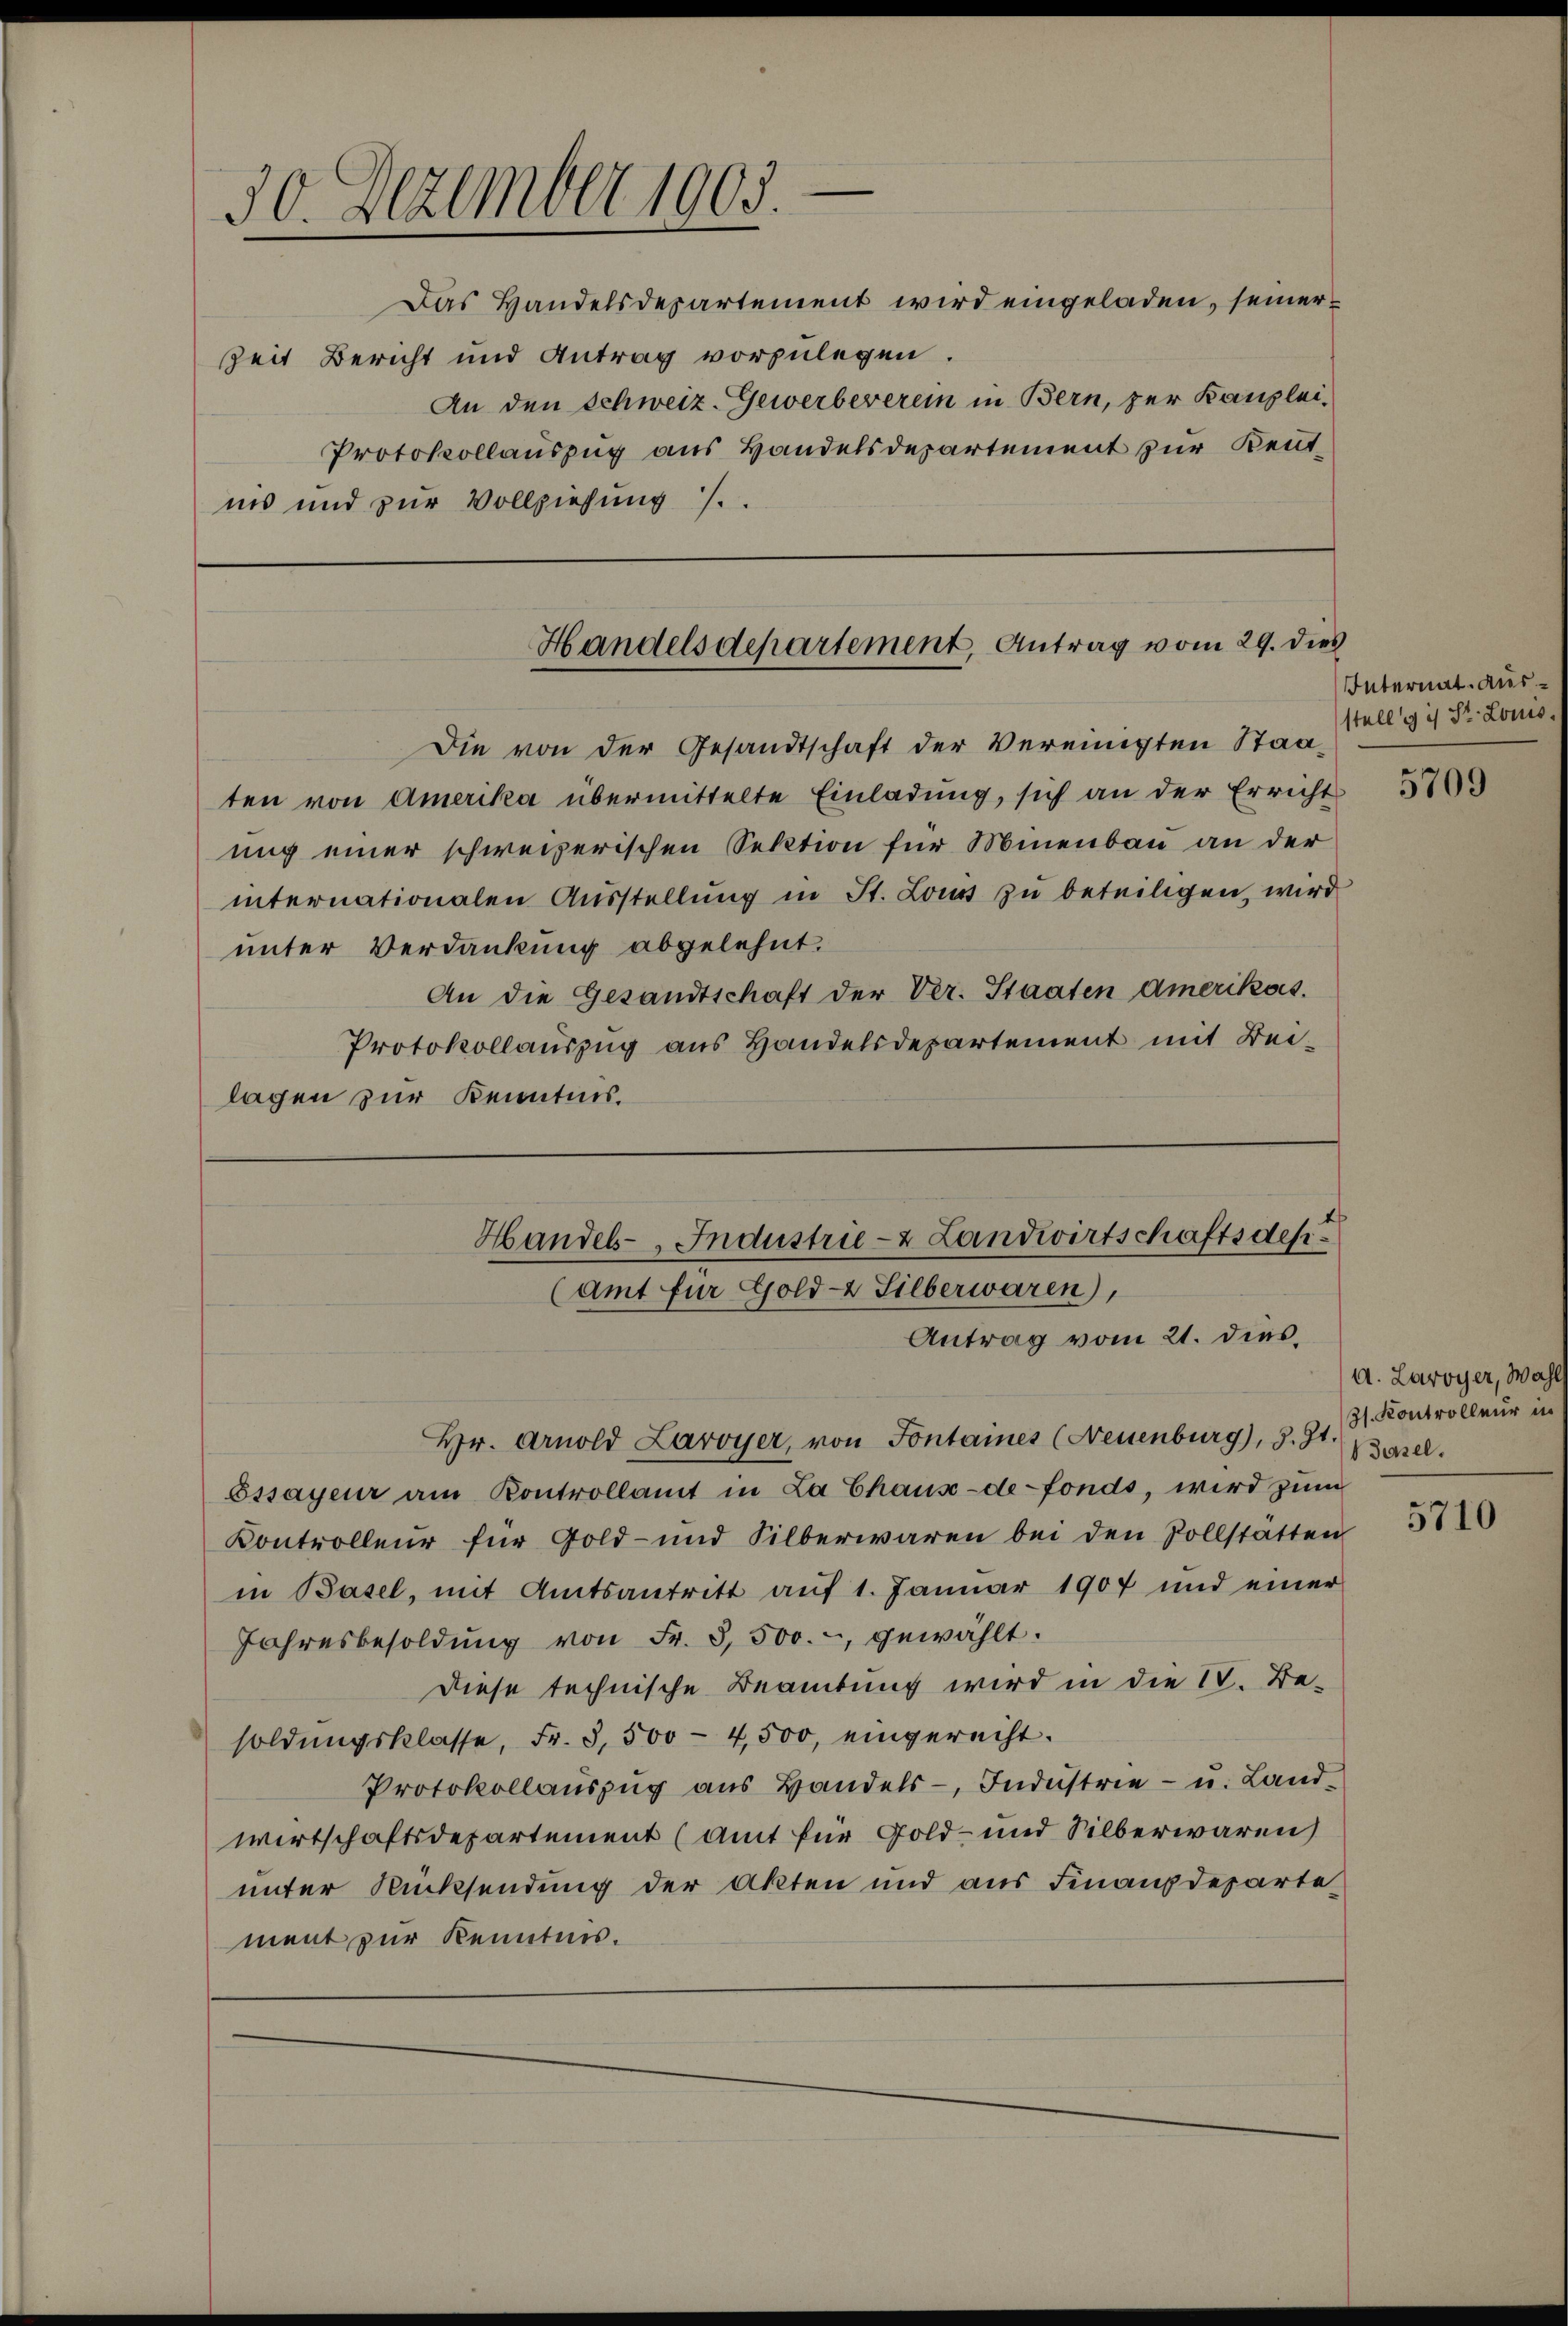
30. Dezember 1005.

Das Handelsdepartement wird eingeladen, seiner
Zeit Bericht und Antrag vorzulegen.
An den Schweiz. Gewerbeverein in Bern, zur Kanzlei-
Protokollauszug aus Handelsdepartement zur Kenntins und zur Vollziehung /.

Antrag vom 21. dies¬
Hr. Arnold Laroyer, von Fontaines (Neuenburg), S. 31. Basel.
Essayeur am Kontrollamt in La Chaus-de-Fonds, wird zŭm
Kontrolleur für Gold- und Silberwaren bei den Vollstätten
in Basel, mit Amtsantritt aŭf 1. Januar 1907 und einer
Jahresbesoldŭng von Fr. 3,500.- gewählt.
Diese technische Beamtung wird in die IV. Besoldungsklasse, Fr. 3,500 - 4,500, eingerecht.
Protokollaŭszŭg aŭs Bandels- Industrie - u. Landwirtschaftsdepartement (Amt für Gold- und Silberwaren
unter Rücksendung der Akten und aus Finanzdeparte
ment zur Kenntnis.

Handelsdepartement, Antrag vom 29. dies

Die von der Gesandtschaft der Vereinigten Staaten von Amerika übermittelte Einladung, sich an der Erricht
ung einer schweizerischen Sektion für Minenbau an der
internationalen Aŭsstellŭng in St. Lois zŭ beteiligen, wird
unter Verdankung abgelehnt.
An die Gesandtschaft der Ver. Staaten amerikas.
Protokollauszug aus Handelsdepartement mit Beilagen zur Kenntnis.

Handels-Industrie- & Landwirtschaftsdep
(Amt für Gold- & Silberwaren),

Internat. Ausstelle ich St. Louis.

5709

a. Laroyer, Wahl
Zs. Kontrolleur in

5710